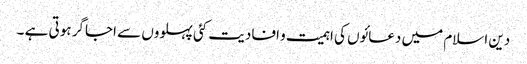
دین اسلام میں دعائوں کی اہمیت و افادیت کئی پہلووں سے اجاگر ہوتی ہے ۔